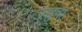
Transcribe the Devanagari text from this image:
एझुवा